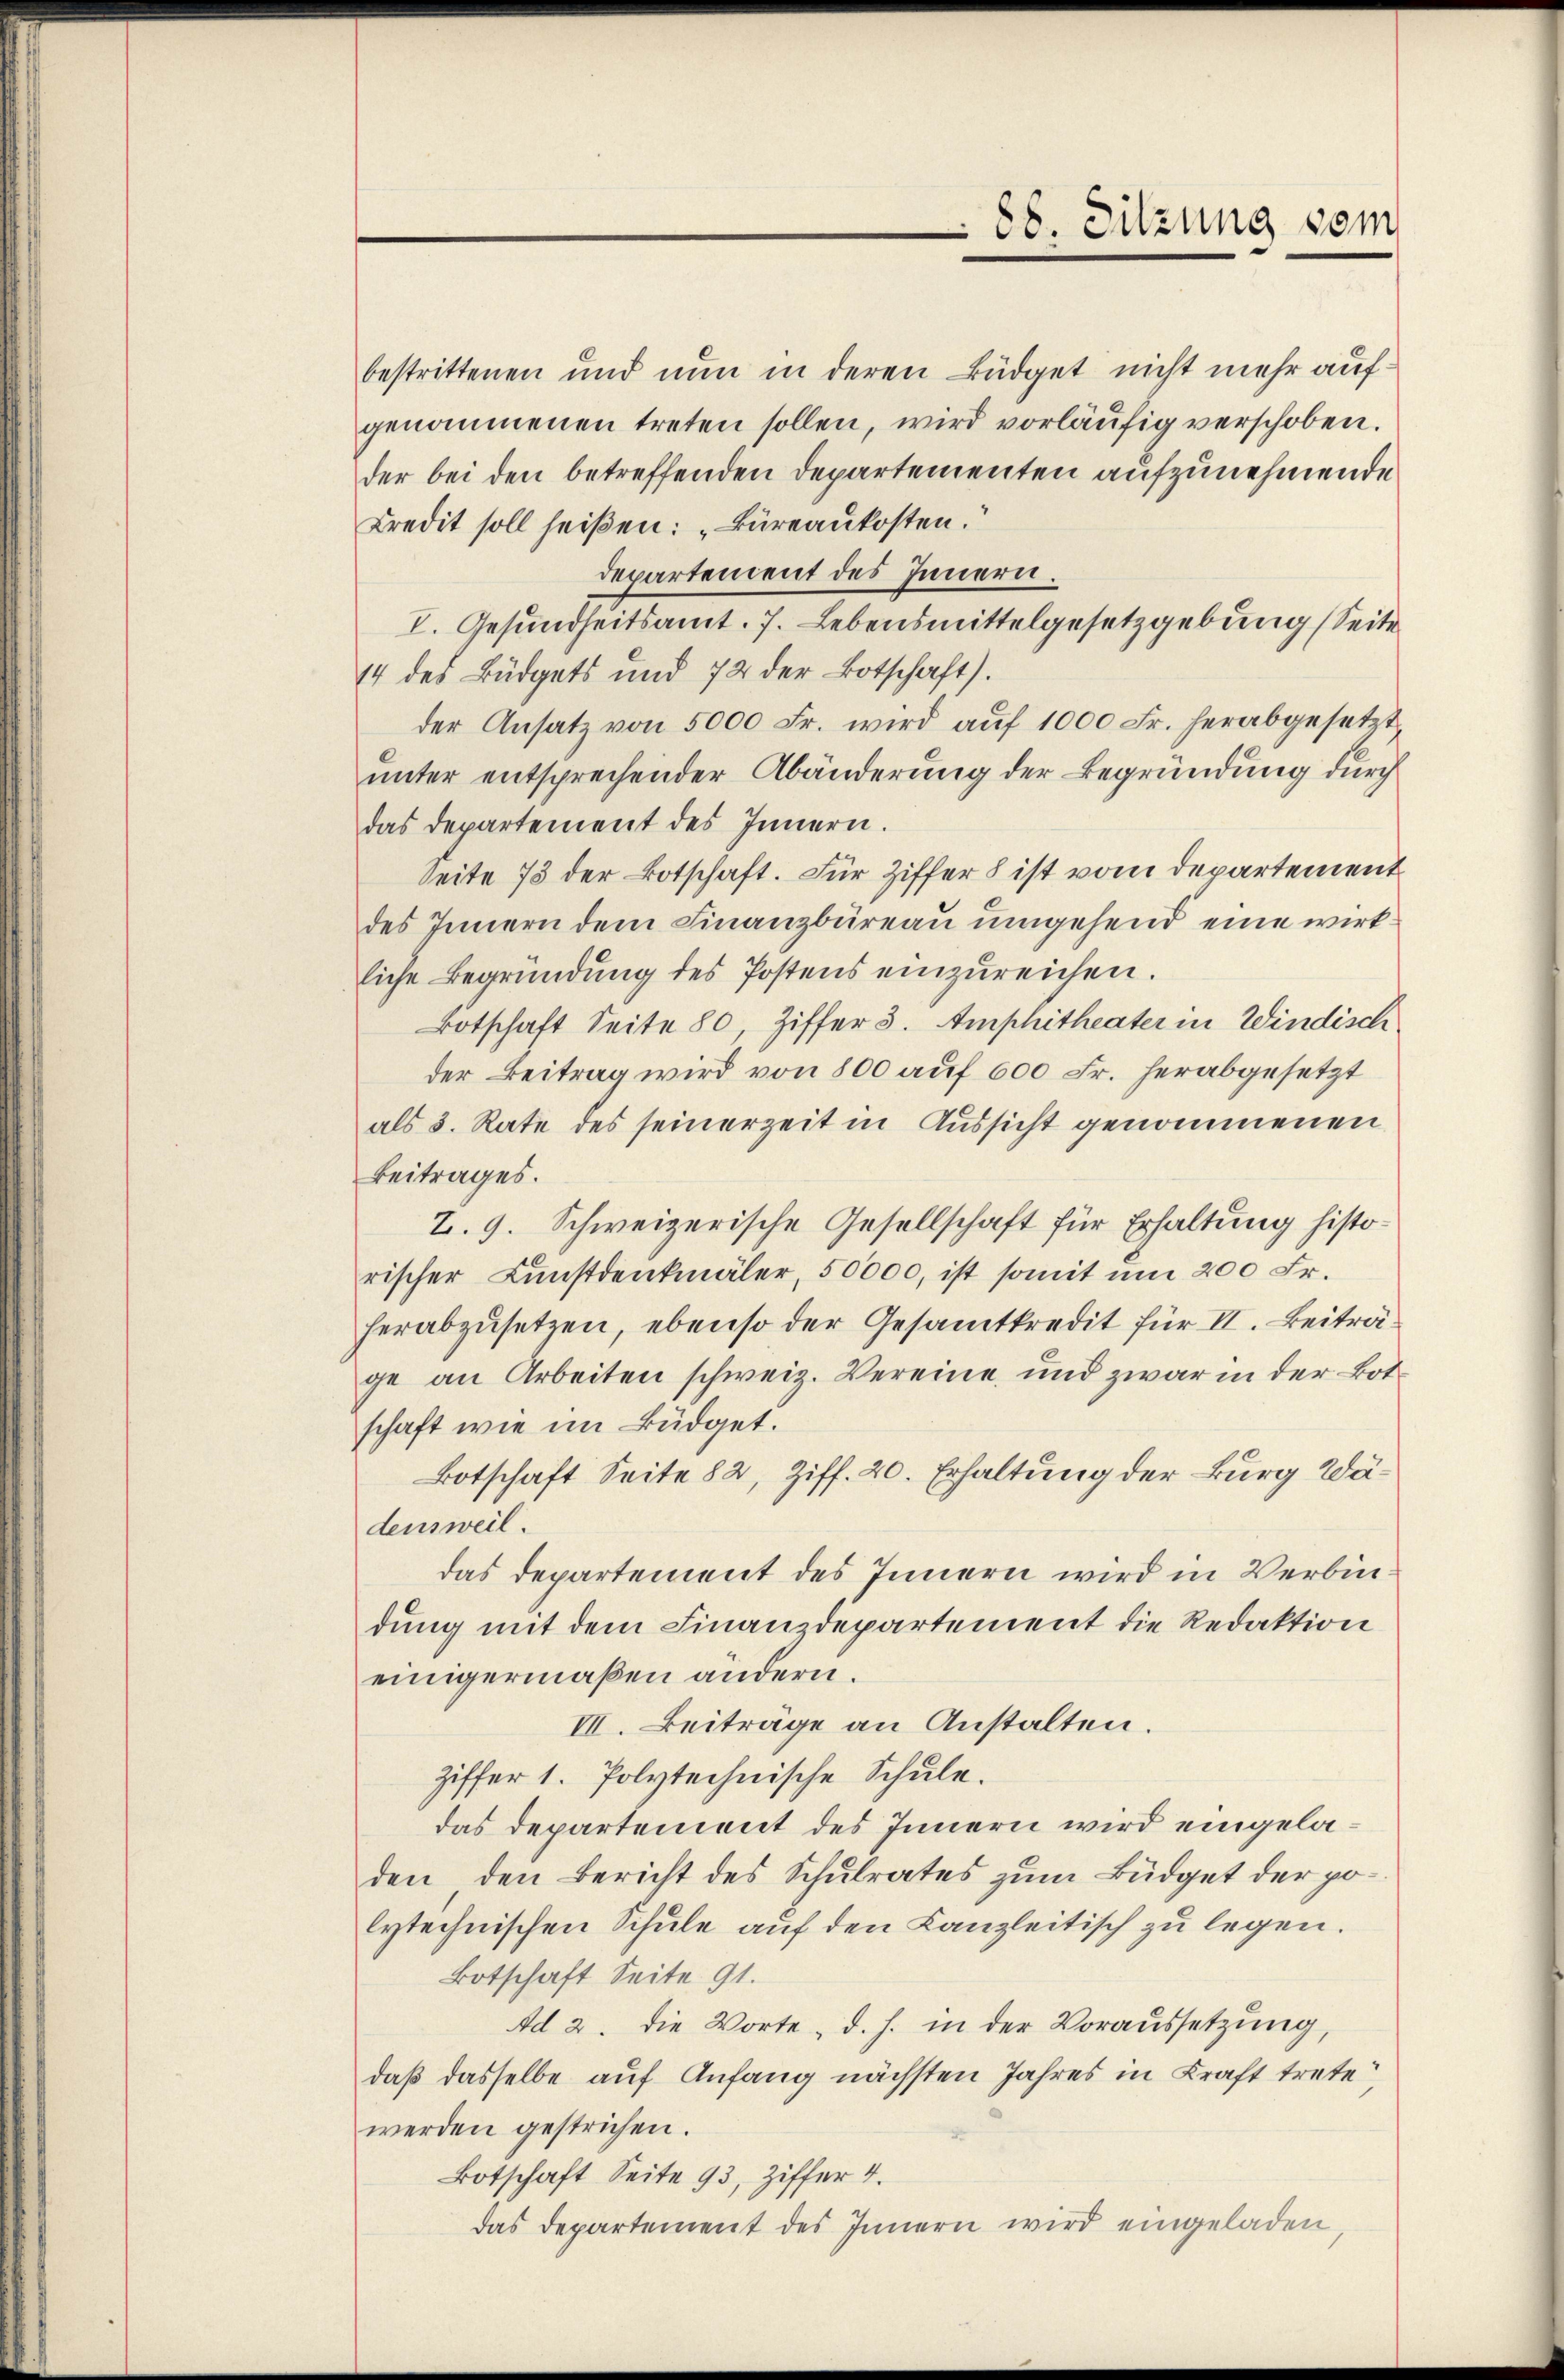
88. Sitzung vom

bestrittenen und nun in deren Büdget nicht mehr aufgenommenen treten sollen, wird vorläufig verschoben.
der bei den betreffenden Departementen aufzunehmende
Credit soll heißen: „Büreaukosten.
departement des Innern.
I. Gesundheitsamt. 7. Lebensmittelgesetzgebung (Seite
14 des Büdgets und 72 der Botschaft).
der Ansatz von 5000 Fr. wird aŭf 1000 Fr. herabgesetzt,
unter entsprechender Abänderung der Begründung durch
das Departement des Innern.
Seite 75 der Botschaft. Für Ziffer 8 ist vom Departement
des Innern dem Finanzbüreau umgehend eine wirkliche Begründung des Postens einzureichen.
Botschaft Seite 80, Ziffer 3. Amphitheater in Windisch
der Beitrag wird von 800 auf 600 Fr. herabgesetzt
als 3. Rate des seinerzeit in Aussicht genommenen
Beitrages.
2. 9. Schweizerische Gesellschaft für Erhaltung historischer Kunstdenkmäler, 50000, ist somit um 200 Fr.
herabzusetzen, ebenso der Gesamtkredit für II. Beiträge an Arbeiten schweiz. Vereine und zwar in der Botschaft wie im Büdget.
Botschaft Seite 82, Ziff. 20. Erhaltung der Burg Wädensweil.
das Departement des Innern wird in Verbindung mit dem Finanzdepartement die Redaktion
einigermaßen andern.
III. Beiträge an Anstalten.
ziffer 1. Polytechnische Schule.
das Departement des Innern wird eingeladen, den Bericht des Schulrates zum Büdget der polytechnischen Schule auf den Kanzleitisch zu legen.
Botschaft Seite 91.
Ad 2. die Worte, d. h. in der Voraussetzung,
daß dasselbe auf Anfang nächsten Jahres in Kraft trete
werden gestrichen.
Botschaft Seite 93, Ziffer 4.
das Departement des Innern wird eingeladen,